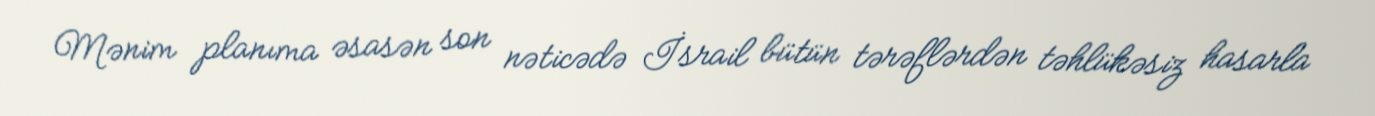
Mənim planıma əsasən son nəticədə İsrail bütün tərəflərdən təhlükəsiz hasarla